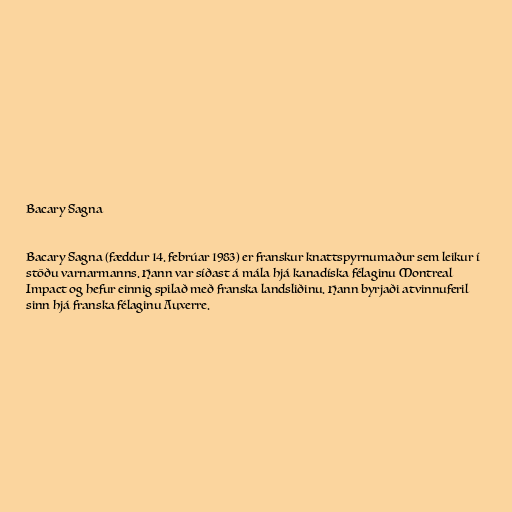
Bacary Sagna

Bacary Sagna (fæddur 14. febrúar 1983) er franskur knattspyrnumaður sem leikur í
stöðu varnarmanns. Hann var síðast á mála hjá kanadíska félaginu Montreal
Impact og hefur einnig spilað með franska landsliðinu. Hann byrjaði atvinnuferil
sinn hjá franska félaginu Auxerre.